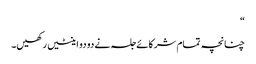
“
چنانچہ تمام شرکائے جلسہ نے دو دو اینٹیں رکھیں۔